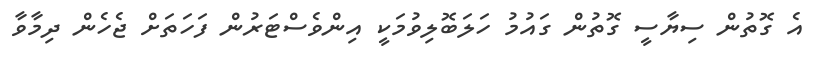
އެ ގޮތުން ސިޔާސީ ގޮތުން ގައުމު ހަލަބޮލިވުމަކީ އިންވެސްޓަރުން ފަހަތަށް ޖެހެން ދިމާވާ